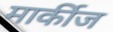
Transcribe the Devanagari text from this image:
मार्कीज